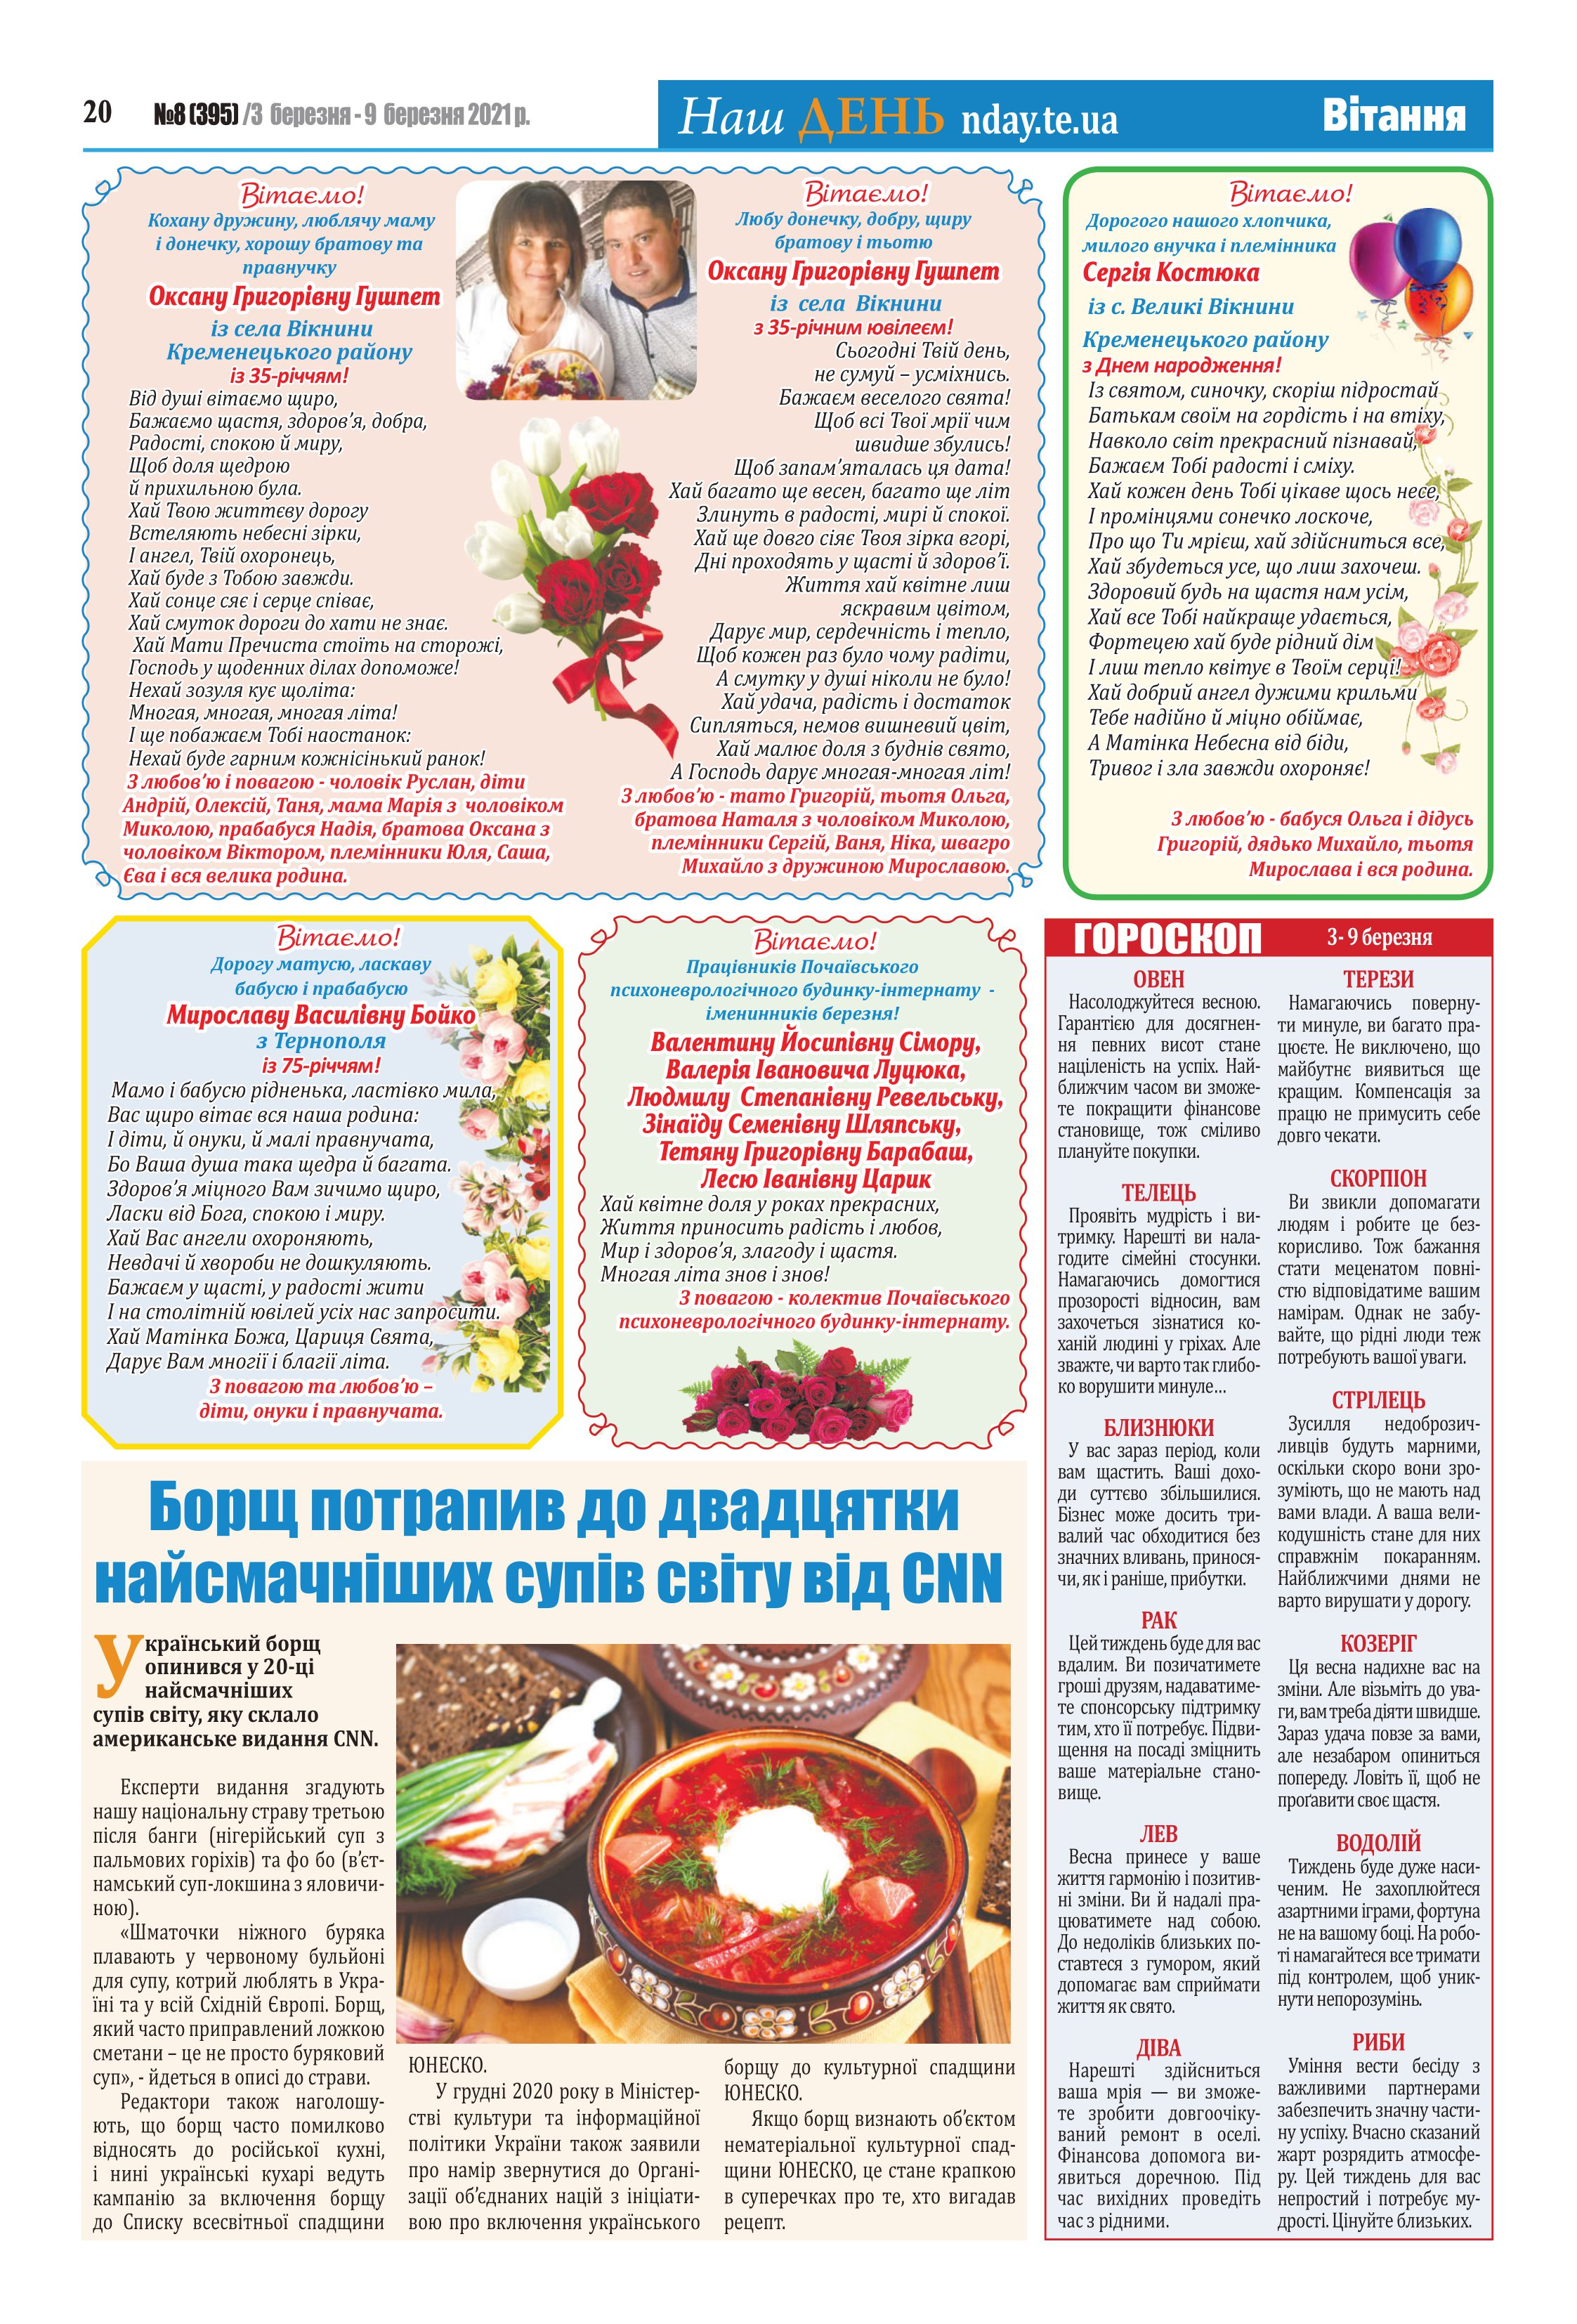
Language: uk